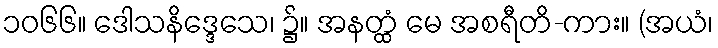
၁၀၆၆။ ဒေါသနိဒ္ဒေသေ၊ ၌။ အနတ္ထံ မေ အစရီတိ-ကား။ (အယံ၊